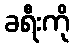
ခရီးကို